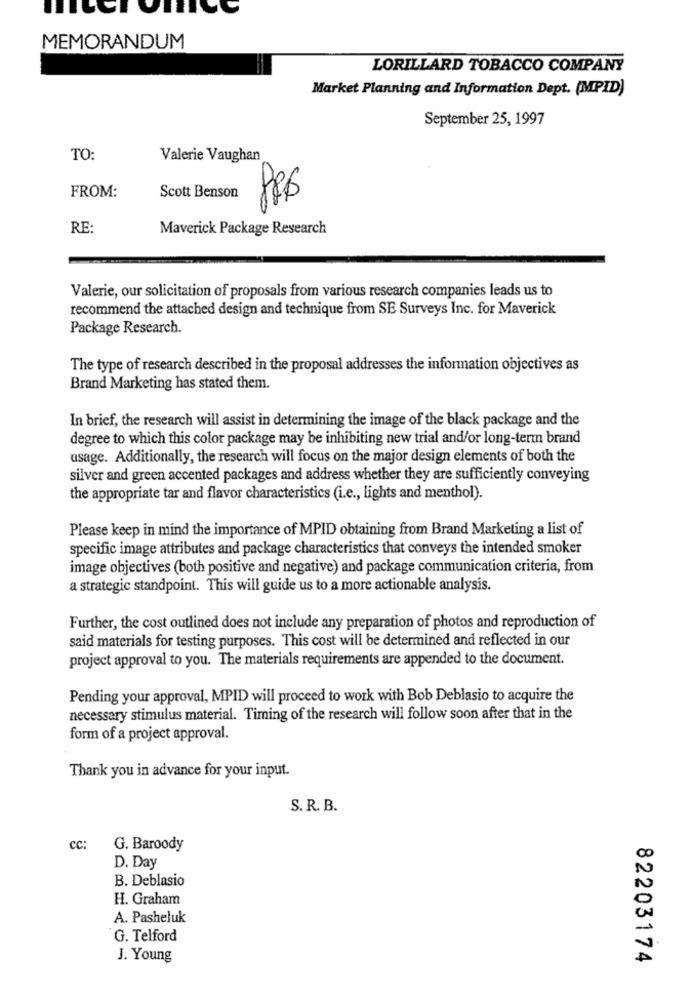
MEMORANDUM
LORILLARD TOBACCO COMPANY
Market Planning and Information Dept. (MPID)
September 25, 1997
TO:
Valerie Vaughan
FROM:
Scott Benson
RE:
Maverick Package Research
Valerie, our solicitation of proposals from various research companies leads us to
recommend the attached design and technique from SE Surveys Inc. for Maverick
Package Research.
The type of research described in the proposal addresses the information objectives as
Brand Marketing has stated them.
In brief, the research will assist in determining the image of the black package and the
degree to which this color package may be inhibiting new trial and/or long-term brand
usage. Additionally, the research will focus on the major design elements of both the
silver and green accented packages and address whether they are sufficiently conveying
the appropriate tar and flavor characteristics (i.e ., lights and menthol).
Please keep in mind the importance of MPID obtaining from Brand Marketing a list of
specific image attributes and package characteristics that conveys the intended smoker
image objectives (both positive and negative) and package communication criteria, from
a strategic standpoint. This will guide us to a more actionable analysis.
Further, the cost outlined does not include any preparation of photos and reproduction of
said materials for testing purposes. This cost will be determined and reflected in our
project approval to you. The materials requirements are appended to the document.
Pending your approval, MPID will proceed to work with Bob Deblasio to acquire the
necessary stimulus material. Timing of the research will follow soon after that in the
form of a project approval.
Thank you in advance for your input.
S. R. B.
cc:
G. Baroody
D. Day
N
B. Deblasio
N
H. Graham
A. Pasheluk
G. Telford
J. Young
82203174